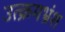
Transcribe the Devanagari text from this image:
उत्क्रमभ्रंश